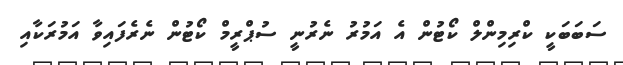
ސަބަބަކީ ކްރިމިންލް ކޯޓުން އެ އަމުރު ނެރުނީ ސުޕްރީމް ކޯޓުން ނެރެފައިވާ އަމުރަކާއި